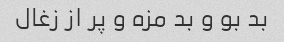
بد بو و بد مزه و پر از زغال